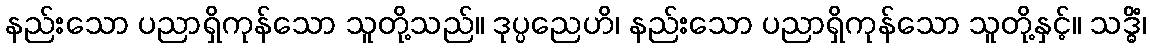
နည်းသော ပညာရှိကုန်သော သူတို့သည်။ ဒုပ္ပညေဟိ၊ နည်းသော ပညာရှိကုန်သော သူတို့နှင့်။ သဒ္ဓိံ၊